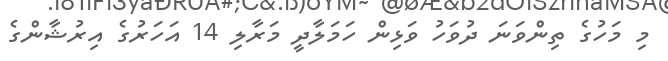
މި މަހުގެ ތިންވަނަ ދުވަހު ވަޅިން ހަމަލާދީ މަރާލި 14 އަހަރުގެ އިރުޝާންގެ